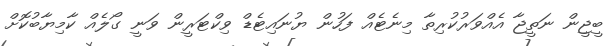
ބީޖީން ނަތީޖާ އެއްވަރުކުރިތާ މިނެޓެއް ފަހުން ޔުނައިޓެޑް ވިކްޓަރީން ވަނީ ގޯލެއް ކާމިޔާބުކޮށް